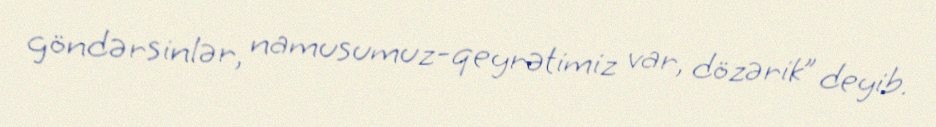
göndərsinlər, namusumuz-qeyrətimiz var, dözərik” deyib.